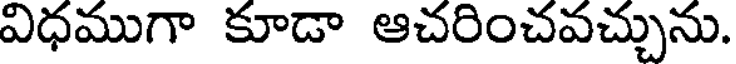
విధముగా కూడా ఆచరించవచ్చును.